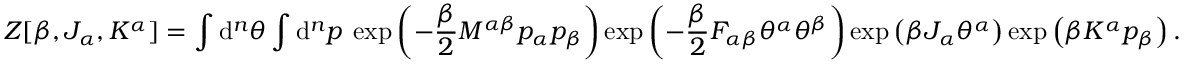
Z [ \beta , J _ { \alpha } , K ^ { \alpha } ] = \int \mathrm { d } ^ { n } \theta \int \mathrm { d } ^ { n } p \: \exp \left( - \frac { \beta } { 2 } M ^ { \alpha \beta } p _ { \alpha } p _ { \beta } \right) \exp \left( - \frac { \beta } { 2 } F _ { \alpha \beta } \theta ^ { \alpha } \theta ^ { \beta } \right) \exp \left( \beta J _ { \alpha } \theta ^ { \alpha } \right) \exp \left( \beta K ^ { \alpha } p _ { \beta } \right) .